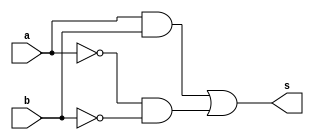
 // ------------------------- 
// Exercicio 07 - XNOR 
// Nome: Gabriel Benjamim de Carvalho
// ------------------------- 
// ------------------------- 
// -- xnor 
// ------------------------- 
module xnorgate (output s, input a, input b); 
assign s = (a&b)|(~a&~b);  
// (dependencia) 
endmodule //  
// ------------------------- 
// -- test xnor 
// ------------------------- 
module testxnor; 
// ------------------------- dados locais 
reg a; // definir registrador 
// (variavel independente)
reg b; 
wire s; // definir conexao (fio) 
// (variavel dependente ) 
// ------------------------- instancia 
xnorgate XNOR1 (s, a, b); 
// ------------------------- preparacao 
initial begin:start 
a=0;
b=0; // valor inicial 
end 
// ------------------------- parte principal 
initial begin:main 
// execucao unitaria 
$display("Exercicio 07 - Gabriel Benjamim de Carvalho - 396690"); 
$display("XNOR Gate:"); 
$display("\t\t time\ta b = s"); 
// execucao permanente 
$monitor("%d\t%b %b = %b", $time, a, b, s); 
// apos uma unidade de tempo 
// mudar valor do registrador para 0 
#1 a=0;b=1; 
// apos duas unidades de tempo 
// mudar valor do registrador para 1 
#1 a=1;b=0;
#1 a=1;b=1; 
end 
endmodule // testxnor